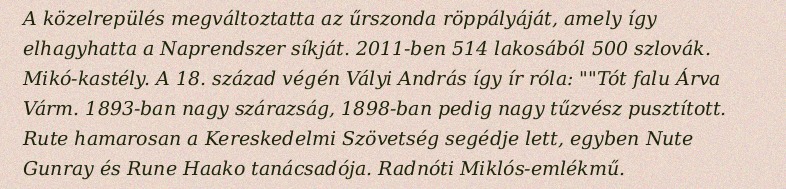
A közelrepülés megváltoztatta az űrszonda röppályáját, amely így elhagyhatta a Naprendszer síkját. 2011-ben 514 lakosából 500 szlovák. Mikó-kastély. A 18. század végén Vályi András így ír róla: ""Tót falu Árva Várm. 1893-ban nagy szárazság, 1898-ban pedig nagy tűzvész pusztított. Rute hamarosan a Kereskedelmi Szövetség segédje lett, egyben Nute Gunray és Rune Haako tanácsadója. Radnóti Miklós-emlékmű.